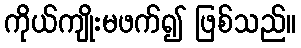
ကိုယ်ကျိုးမဖက်၍ ဖြစ်သည်။